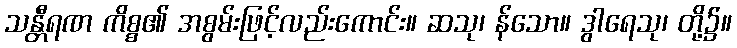
သန္တီရဏ ကိစ္စ၏ အစွမ်းဖြင့်လည်းကောင်း။ ဆသု၊ န်သော။ ဒွါရေသု၊ တို့၌။